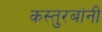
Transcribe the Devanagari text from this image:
कस्तुरबांनी